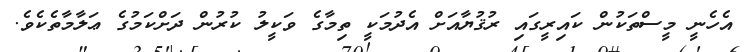
އެހެނީ މީސްތަކުން ކައިރީގައި ރުޤުޔާއަށް އެދުމަކީ ތިމާގެ ވަކީލު ކުރުން ދަށްކަމުގެ ޢަލާމާތެކެވެ.